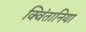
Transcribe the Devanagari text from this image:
क्विंतानिया